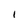
Character: I